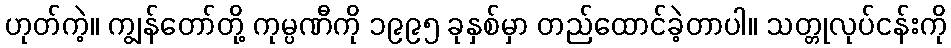
ဟုတ်ကဲ့။ ကျွန်တော်တို့ ကုမ္ပဏီကို ၁၉၉၅ ခုနှစ်မှာ တည်ထောင်ခဲ့တာပါ။ သတ္တုလုပ်ငန်းကို